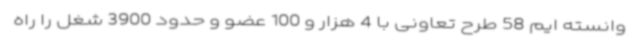
وانسته ایم 58 طرح تعاونی با 4 هزار و 100 عضو و حدود 3900 شغل را راه